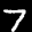
Label: 7